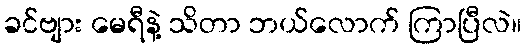
ခင်ဗျား မေရီနဲ့ သိတာ ဘယ်လောက် ကြာပြီလဲ။